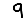
Digit: 9